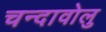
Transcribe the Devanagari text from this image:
चन्दावोलु